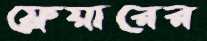
ফ্লেয়ারের